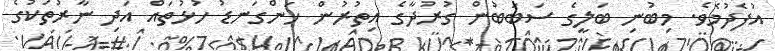
އުފެދުމެވެ. މިބުނި ބަލީގެ ސަބަބުން ގުރުދާގެ އިތުރުން ހަންގަނޑު ހުޅުތައް އަދި ނާރުތަކުގެ